Annual administration report of the Civil Veterinary Department of India - 1898-1899
Year: 1898
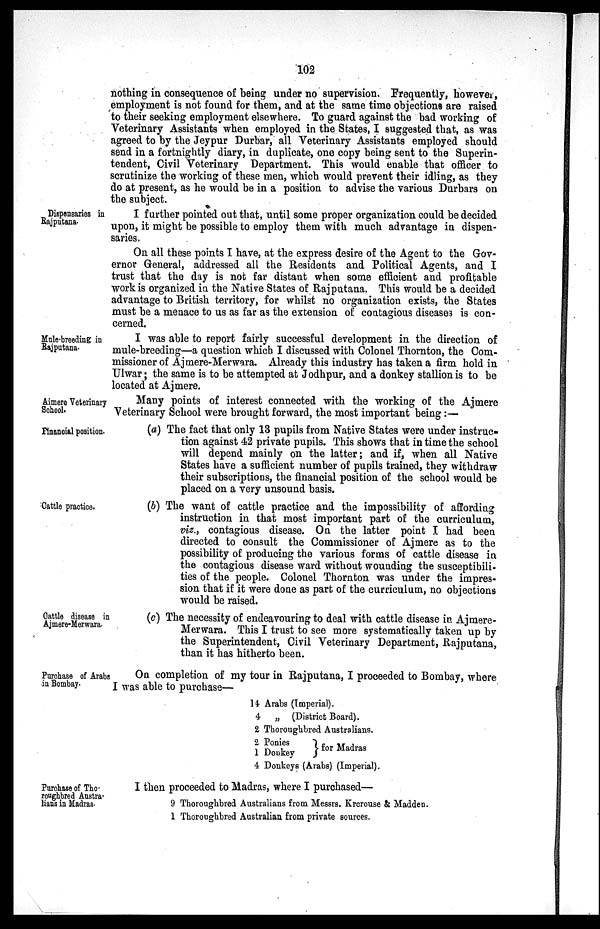
102
nothing in consequence of being under no supervision. Frequently, however,
employment is not found for them, and at the same time objections are raised
to their seeking employment elsewhere. To guard against the bad working of
Veterinary Assistants when employed in the States, I suggested that, as was
agreed to by the Jeypur Durbar, all Veterinary Assistants employed should
send in a fortnightly diary, in duplicate, one copy being sent to the Superin-
tendent, Civil Veterinary Department. This would enable that officer to
scrutinize the working of these men, which would prevent their idling, as they
do at present, as he would be in a position to advise the various Durbars on
the subject.
Dispensaries in
Rajputana.
I further pointed out that, until some proper organization could be decided
upon, it might be possible to employ them with much advantage in dispen-
saries.
On all these points I have, at the express desire of the Agent to the Gov-
ernor General, addressed all the Residents and Political Agents, and I
trust that the day is not far distant when some efficient and profitable
work is organized in the Native States of Rajputana. This would be a decided
advantage to British territory, for whilst no organization exists, the States
must be a menace to us as far as the extension of contagious diseases is con-
cerned.
Mule-breeding in
Rajputana.
I was able to report fairly successful development in the direction of
mule-breeding—a question which I discussed with Colonel Thornton, the Com-
missioner of Ajmere-Merwara. Already this industry has taken a firm hold in
Ulwar; the same is to be attempted at Jodhpur, and a donkey stallion is to be
located at Ajmere.
Aimere Veterinary
School.
Many points of interest connected with the working of the Ajmere
Veterinary School were brought forward, the most important being:—
Financial position.
(a) The fact that only 13 pupils from Native States were under instruc-
tion against 42 private pupils. This shows that in time the school
will depend mainly on the latter; and if, when all Native
States have a sufficient number of pupils trained, they withdraw
their subscriptions, the financial position of the school would be
placed on a very unsound basis.
Cattle practice.
(b) The want of cattle practice and the impossibility of affording
instruction in that most important part of the curriculum,
viz., contagious disease. On the latter point I had been
directed to consult the Commissioner of Ajmere as to the
possibility of producing the various forms of cattle disease in
the contagious disease ward without wounding the susceptibili-
ties of the people. Colonel Thornton was under the impres-
sion that if it were done as part of the curriculum, no objections
would be raised.
Cattle disease in
Ajmere-Merwara.
(c) The necessity of endeavouring to deal with cattle disease in Ajmere-
Merwara. This I trust to see more systematically taken up by
the Superintendent, Civil Veterinary Department, Rajputana,
than it has hitherto been.
Purchase of Arabs
in Bombay.
On completion of my tour in Rajputana, I proceeded to Bombay, where
I was able to purchase—
14 Arabs (Imperial).
4 „ (District Board).
2 Thoroughbred Australians.
2 Ponies
1 Donkey
for Madras
4 Donkeys (Arabs) (Imperial).
Purchase of Tho-
roughbred Austra-
lians in Madras.
I then proceeded to Madras, where I purchased—
9 Thoroughbred Australians from Messrs. Krerouse & Madden.
1 Thoroughbred Australian from private sources.